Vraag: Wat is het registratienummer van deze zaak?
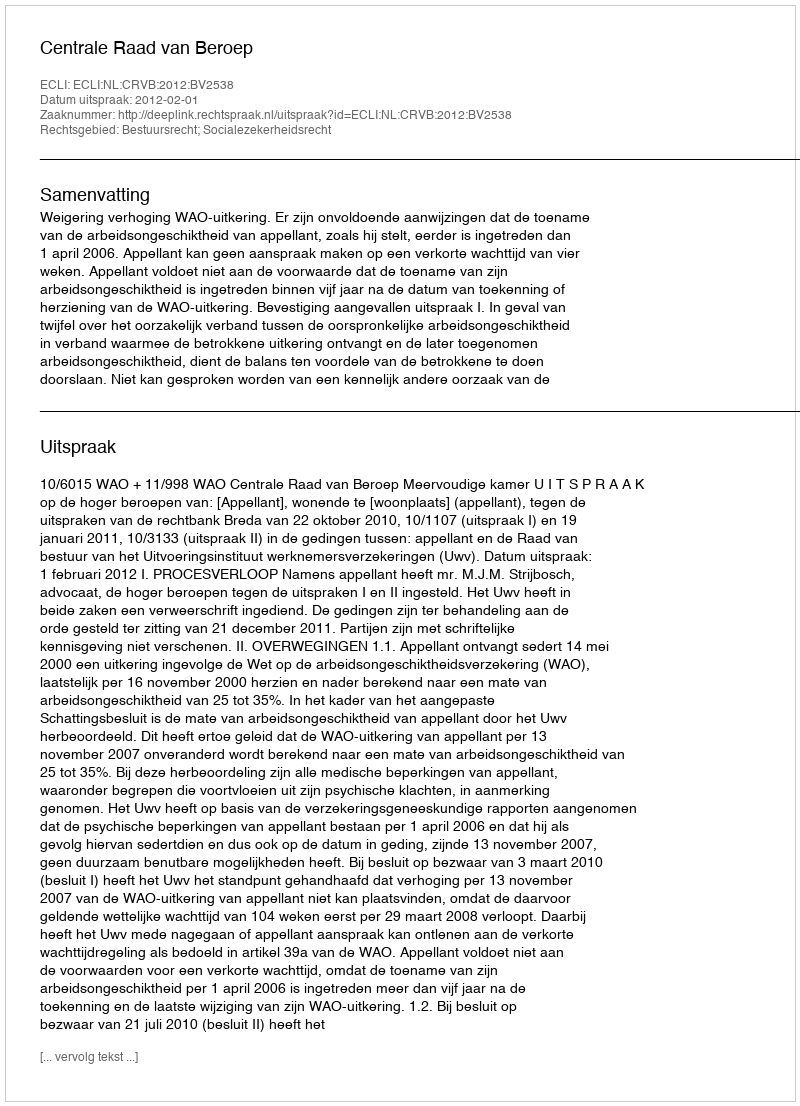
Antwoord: http://deeplink.rechtspraak.nl/uitspraak?id=ECLI:NL:CRVB:2012:BV2538